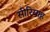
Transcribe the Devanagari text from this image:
सीरियाह